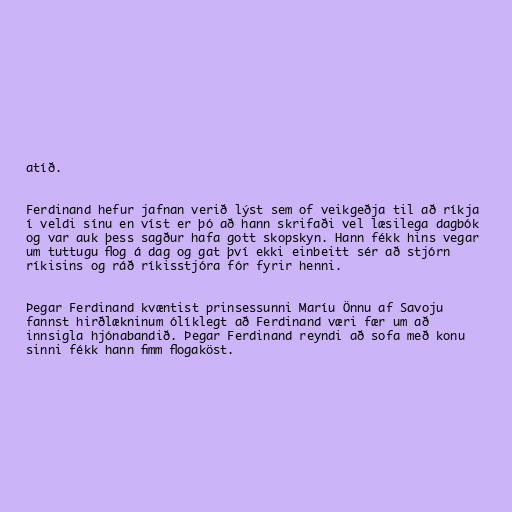
atíð.

Ferdinand hefur jafnan verið lýst sem of veikgeðja til að ríkja
í veldi sínu en víst er þó að hann skrifaði vel læsilega dagbók
og var auk þess sagður hafa gott skopskyn. Hann fékk hins vegar
um tuttugu flog á dag og gat því ekki einbeitt sér að stjórn
ríkisins og ráð ríkisstjóra fór fyrir henni.

Þegar Ferdinand kvæntist prinsessunni Maríu Önnu af Savoju
fannst hirðlækninum ólíklegt að Ferdinand væri fær um að
innsigla hjónabandið. Þegar Ferdinand reyndi að sofa með konu
sinni fékk hann fimm flogaköst.